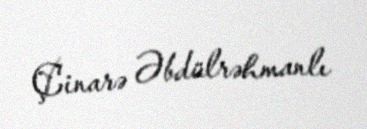
Çinarə Əbdülrəhmanlı